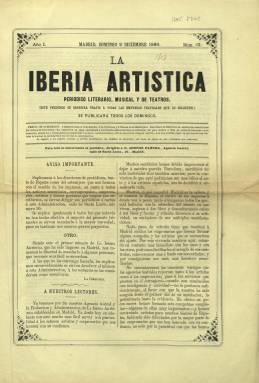
Título: La Iberia artística
Colección: Cultura
Ámbito geográfico: Madrid
Lugar de publicación: Madrid
Fechas: 02/12/1866-09/12/1866

Con este título comenzó a publicarse en Barcelona este “periódico literario, musical y de teatros”, el uno de julio de 1866, para pasar a editarse e imprimirse en Madrid el el dos de diciembre de ese año, siendo su propietario, director, editor responsable y principal redactor Andrés Parera, dueño también de la agencia teatral del mismo nombre, dedicada a la contratación de artistas y formación de compañías. En Barcelona había polemizado con La España musical, que identifica a Perera como antiguo miembro de la orquesta del Teatro Romea (véase el número de once de octubre de 1866 de esta revista).

La colección de La Iberia musical en la Biblioteca Nacional de España está formada solo por sus entregas número 22 y 23, desconociéndose si aparecieron más. Con frecuencia semanal (salía los domingos), son de cuatro páginas compuestas a dos columnas, estampadas en la imprenta a cargo de J.E. Morete, que insertan una Revista de espectáculos madrileños, Correspondencias sobre los de provincias, Variedades con noticias breves y algún anuncio, entre los que se encuentra el de la propia agencia teatral de Parera. Según Torres Mulas (1991), presta mayor atención a la ópera y la zarzuela.